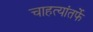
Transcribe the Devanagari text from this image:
चाहत्यांतर्फे